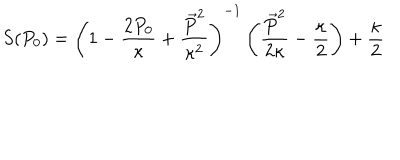
LaTeX: S ( P _ { 0 } ) = \left( 1 - \frac { 2 P _ { 0 } } { \kappa } + \frac { \vec { P } ^ { 2 } } { \kappa ^ { 2 } } \right) ^ { - 1 } \left( \frac { \vec { P } ^ { 2 } } { 2 \kappa } - \frac { \kappa } { 2 } \right) + \frac { \kappa } { 2 }